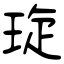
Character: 琁